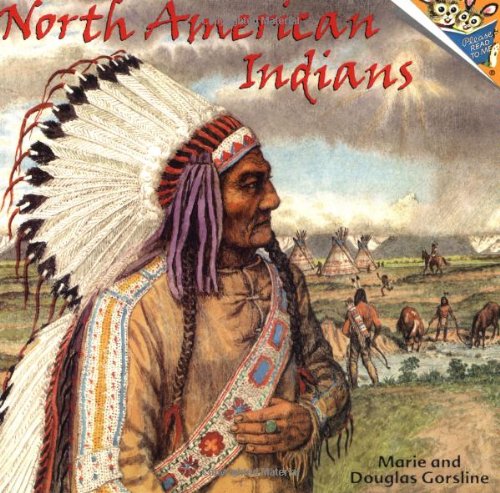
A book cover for North American Indians (Pictureback(R)); Douglas Gorsline; Children's Books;